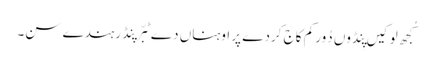
کُجھ لوکیں پِنڈوں دُور کم کاج کردے پر اوہناں دے ٹبّر پِنڈ رہندے سن۔